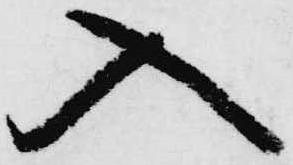
入